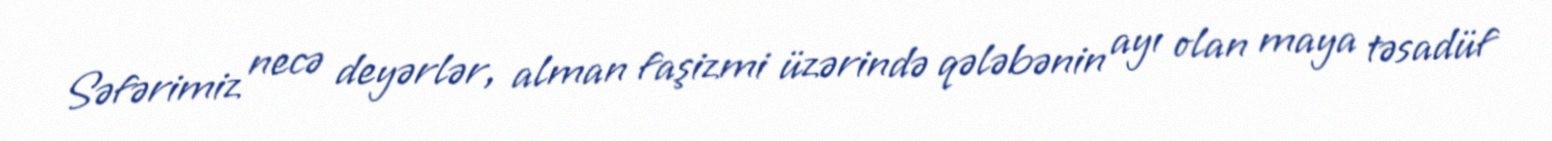
Səfərimiz necə deyərlər, alman faşizmi üzərində qələbənin ayı olan maya təsadüf